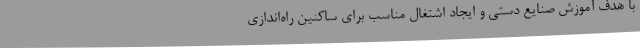
با هدف آموزش صنایع دستی و ایجاد اشتغال مناسب برای ساکنین راه‌اندازی